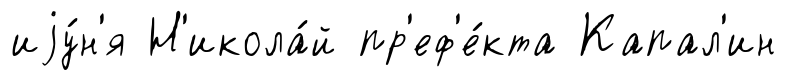
иjу́н'я Н'икола́й пр'еф'е́кта Капал'ин